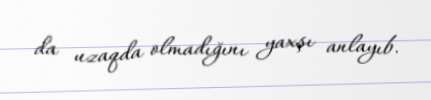
da uzaqda olmadığını yaxşı anlayıb.